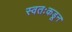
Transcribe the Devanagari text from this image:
स्वतःकडून